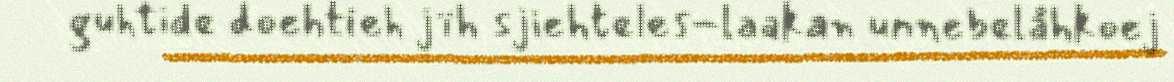
guhtide doehtieh jïh sjiehteles-laakan unnebelåhkoej